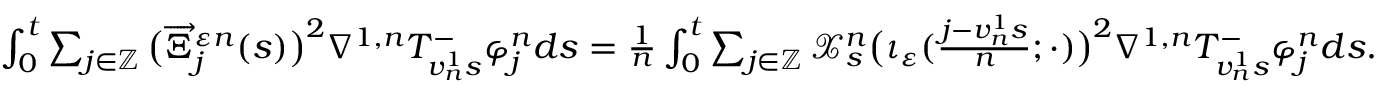
\begin{array} { r } { \int _ { 0 } ^ { t } \sum _ { j \in \mathbb { Z } } \big ( \overrightarrow { \Xi } _ { j } ^ { \varepsilon n } ( s ) \big ) ^ { 2 } \nabla ^ { 1 , n } T _ { v _ { n } ^ { 1 } s } ^ { - } \varphi _ { j } ^ { n } d s = \frac { 1 } { n } \int _ { 0 } ^ { t } \sum _ { j \in \mathbb { Z } } \mathcal { X } _ { s } ^ { n } \big ( \iota _ { \varepsilon } ( { \textstyle \frac { j - v _ { n } ^ { 1 } s } { n } } ; \cdot ) \big ) ^ { 2 } \nabla ^ { 1 , n } T _ { v _ { n } ^ { 1 } s } ^ { - } \varphi _ { j } ^ { n } d s . } \end{array}